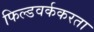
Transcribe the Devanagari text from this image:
फिल्डवर्ककरता